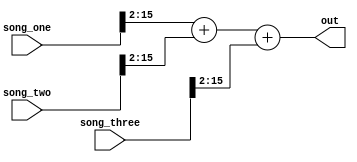
module combiner(
  input [15:0] song_one, 
  input [15:0] song_two,
  input [15:0] song_three,

  output [15:0] out
);
  
  wire [15:0] added = ((song_one>>2) + (song_two>>2) + (song_three>>2));
  
  assign out = added;
 
endmodule